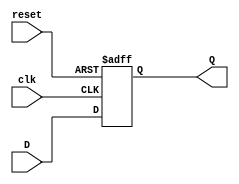
`timescale 1ns / 1ps
//////////////////////////////////////////////////////////////////////////////////
// 
// Version:        1.0 
// Description:    This is the register file which stores data. 
//
//
//////////////////////////////////////////////////////////////////////////////////
module register_module(D, clk, reset, Q);

    input D;
    input clk;
    input reset;
    output reg Q;
	 
	 always@(posedge clk, posedge reset)
	 // if reset, output = 0; else output = input
	 if(reset) Q<=1'b0;
	 else Q<=D;
	 	
endmodule